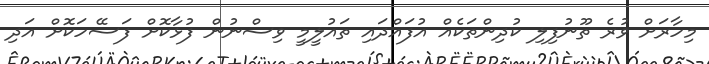
މިހާރަށް ވުރެ ތޫނުފިލި ކުދިންތަކެއް އުފައްދައި ތައުލީމީ ވިސްނުން ފުޅާކޮށް ފަސޭހަކޮށް އަދި